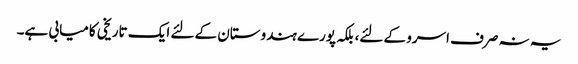
یہ نہ صرف اسرو کے لئے، بلکہ پورے ہندوستان کے لئے ایک تاریخی کامیابی ہے۔